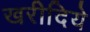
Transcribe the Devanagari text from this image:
खरीदिये